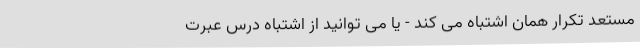
مستعد تکرار همان اشتباه می کند - یا می توانید از اشتباه درس عبرت